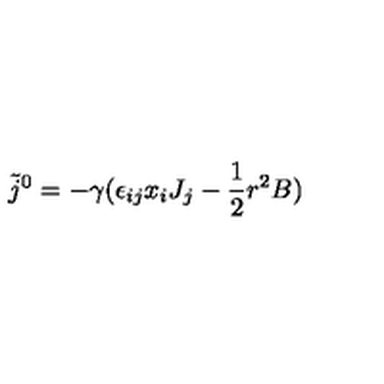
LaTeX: \tilde { j } ^ { 0 } = - \gamma ( \epsilon _ { i j } x _ { i } J _ { j } - \frac { 1 } { 2 } r ^ { 2 } B )